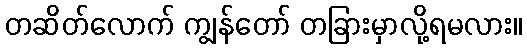
တဆိတ်လောက် ကျွန်တော် တခြားမှာလို့ရမလား။